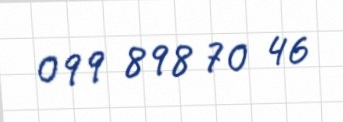
099 898 70 46